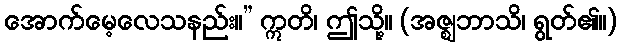
အောက်မေ့လေသနည်း။” ဣတိ၊ ဤသို့။ (အဇ္ဈဘာသိ၊ ရွတ်၏။)